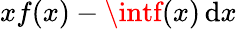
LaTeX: xf(x)-\textstyle\intf(x)\, \mathrm{d}x